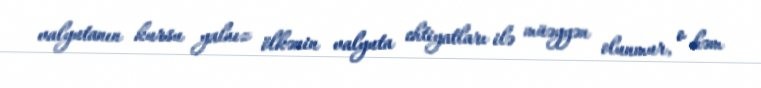
valyutanın kursu yalnız ölkənin valyuta ehtiyatları ilə müəyyən olunmur, o həm